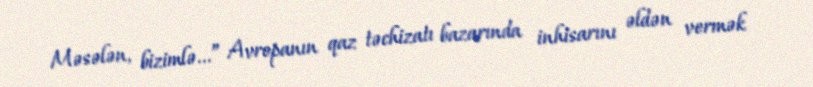
Məsələn, bizimlə...” Avropanın qaz təchizatı bazarında inhisarını əldən vermək